Leningradi_Edasi_toimetus, lk 81
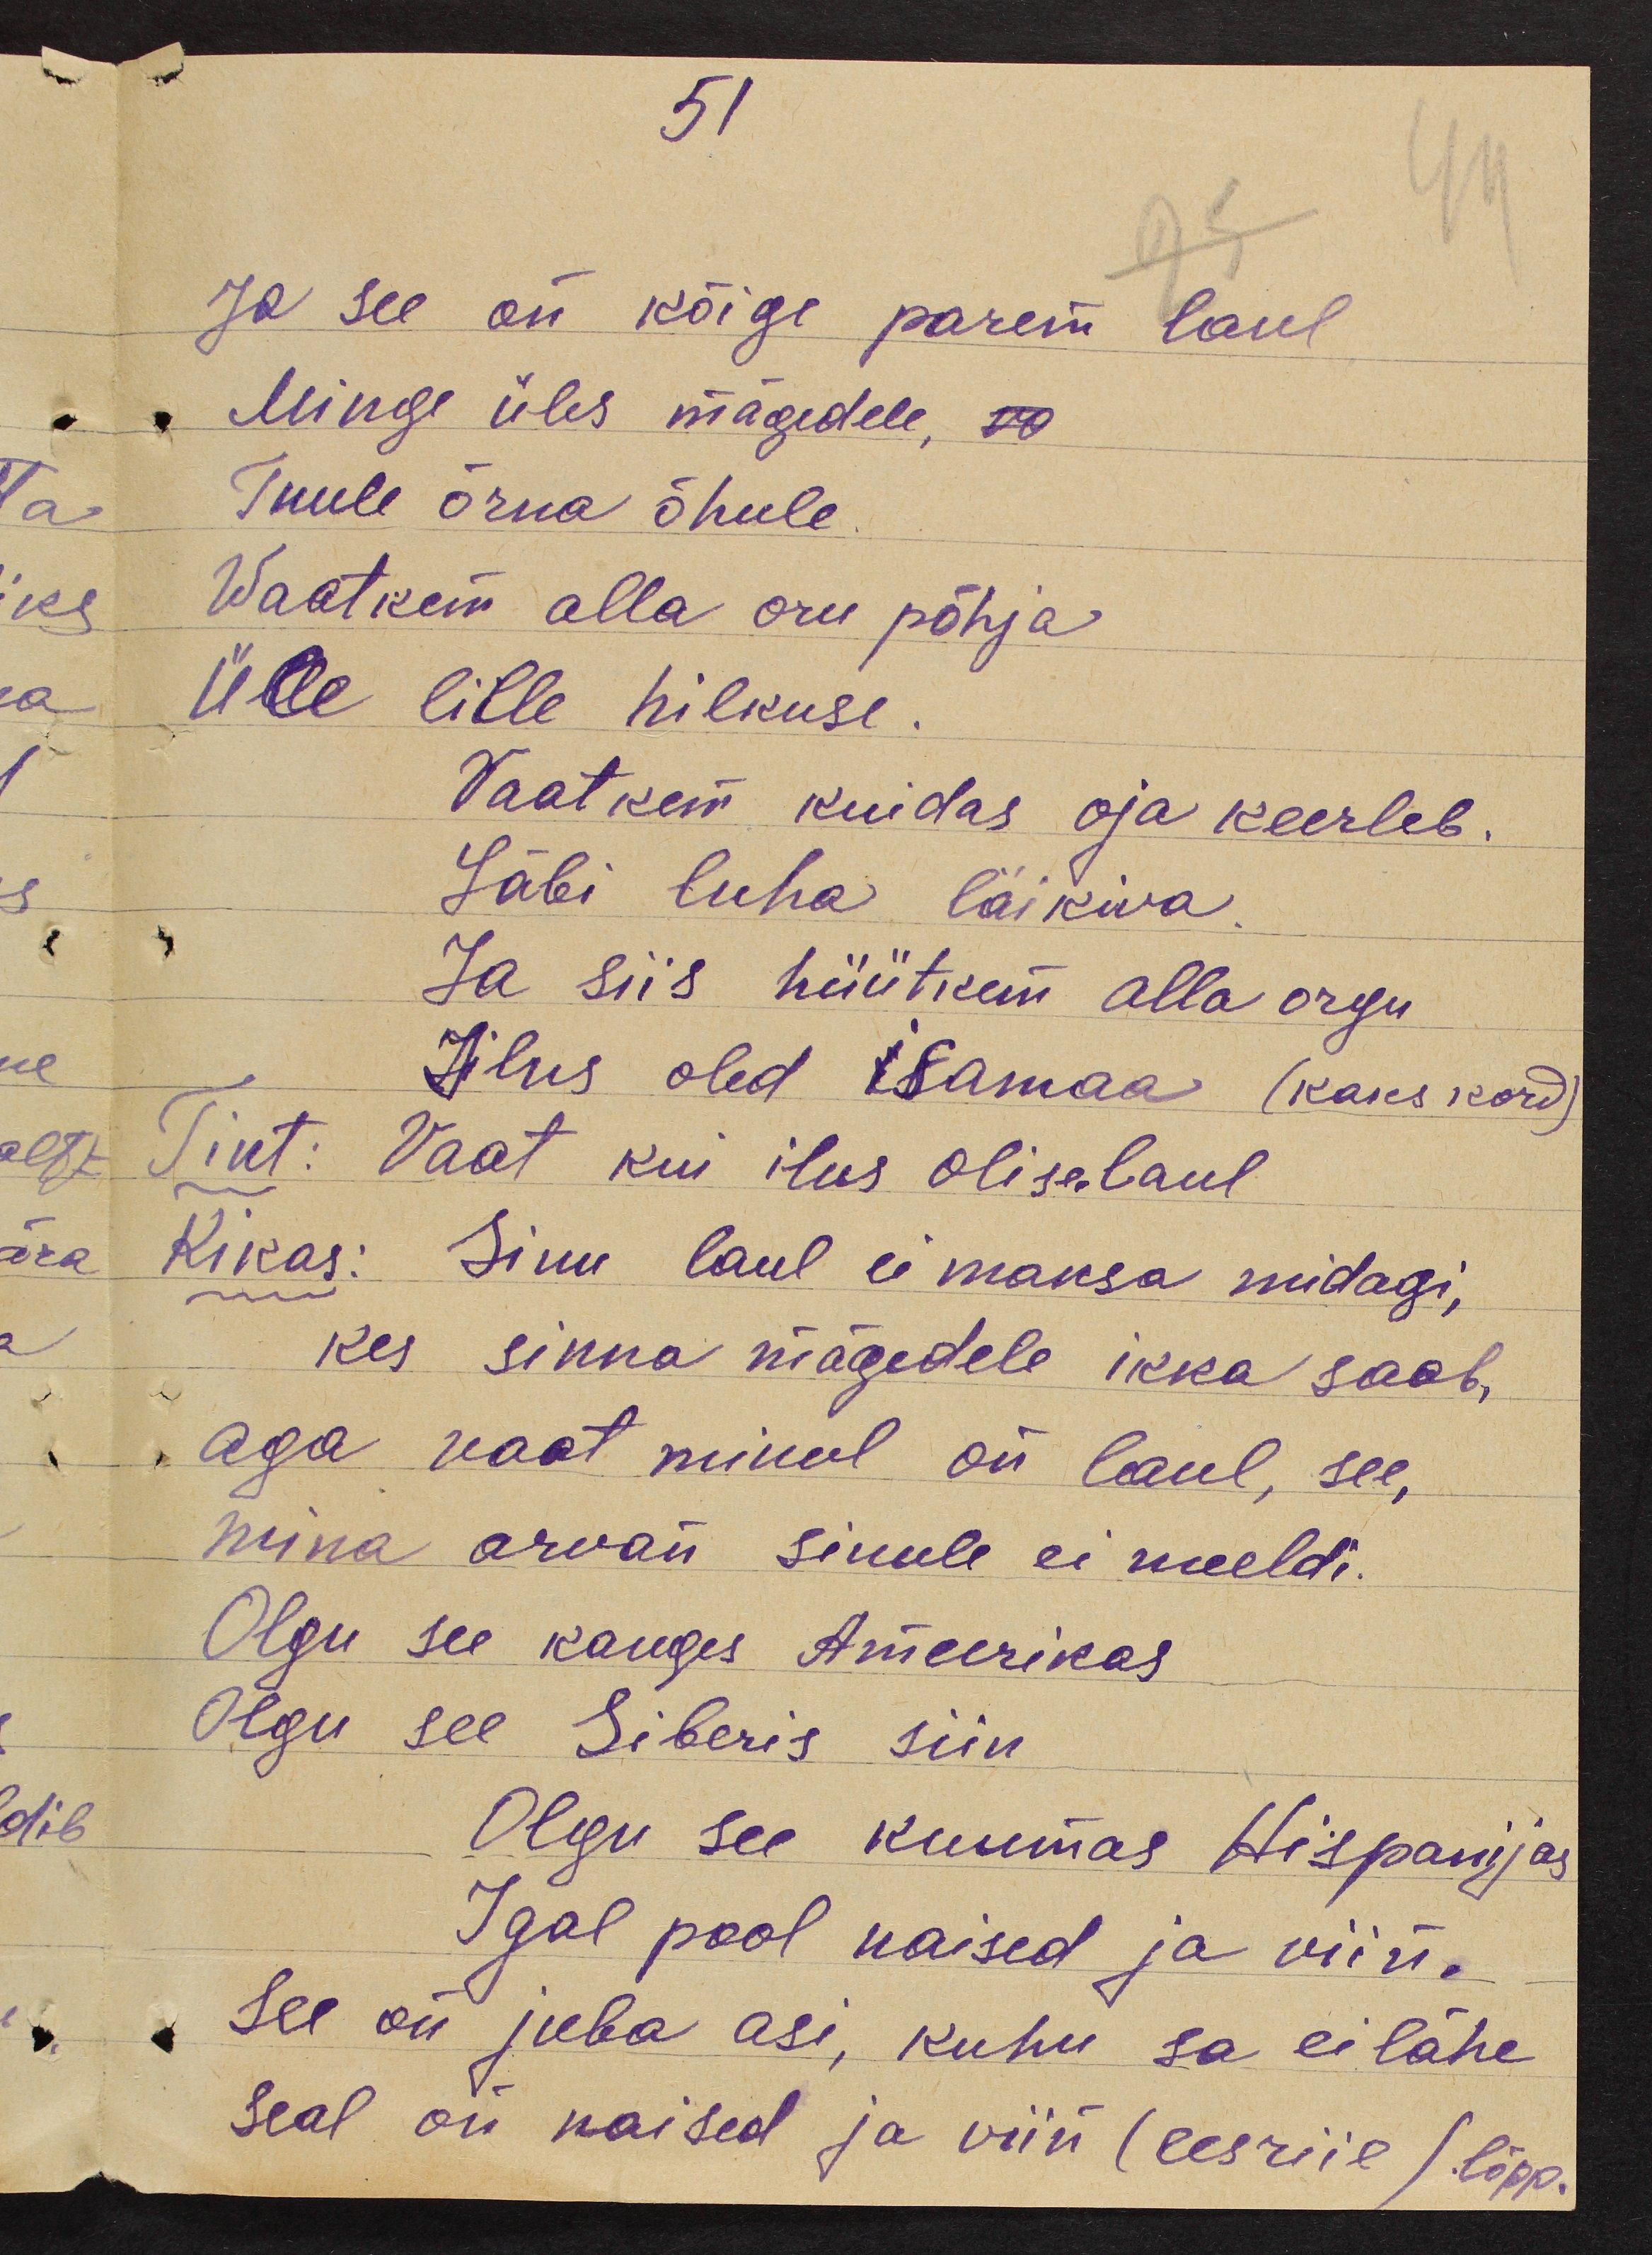
51
Ja see on kõige parem laul
Minge üles mägedele, vo
Tuule õrna õhule
Waatkem alla oru põhja
Ülle lille hilkuse.
Vaatkem kuidas oja keerleb.
Läbi luha läikiva.
Ja siis hüütkem alla orgu
Ilus oled Isamaa (kaks kord)
Tint: Vaat kui ilus oli see laul
Kikas: Sinu laul ei maksa midagi,
kes sinna mägedele ikka saab,
aga vaat minul on laul, see,
mina arvan sinule ei meeldi.
Olgu see kauges Ameerikas
Olgu see Siberis siin
Olgu see kuumas Hispanijas
Igal pool naised ja viin.
See on juba asi, kuhu sa ei lähe
seal on naised ja viin (eesriie). lõpp.